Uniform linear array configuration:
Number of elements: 24
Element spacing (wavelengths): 0.5
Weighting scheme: blackman
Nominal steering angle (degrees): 60
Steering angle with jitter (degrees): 61.501
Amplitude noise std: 0.05
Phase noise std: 0.05

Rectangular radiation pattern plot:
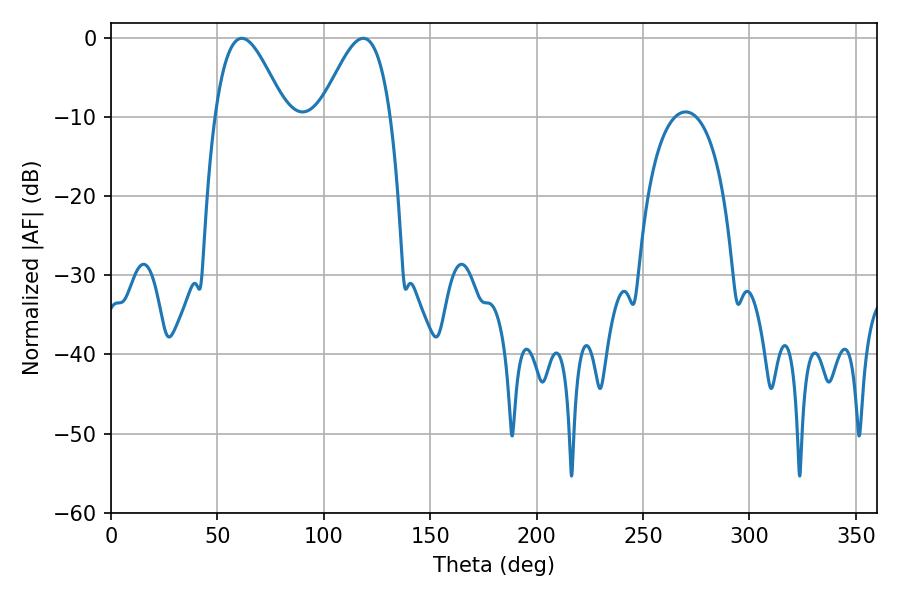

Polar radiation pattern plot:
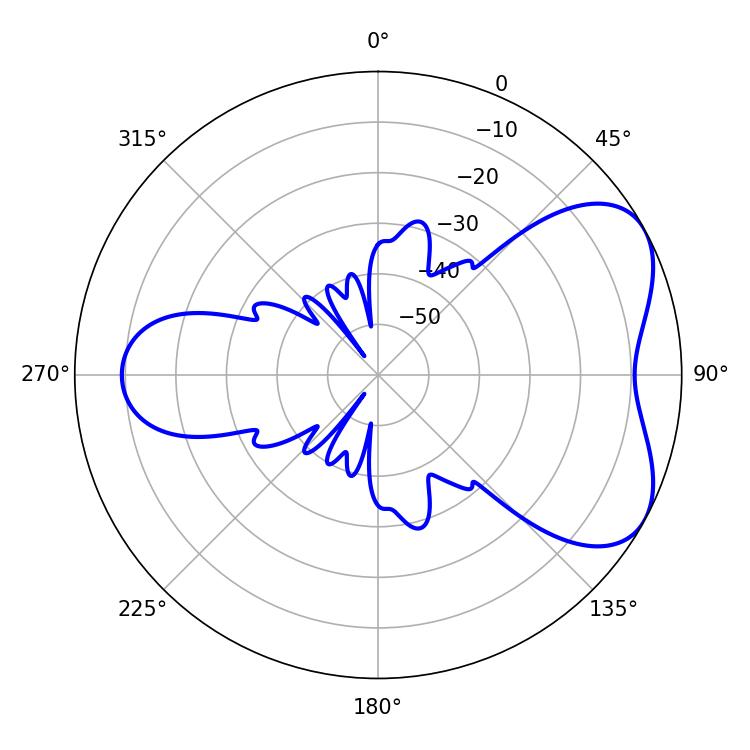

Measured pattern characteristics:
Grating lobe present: FALSE
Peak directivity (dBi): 5.346
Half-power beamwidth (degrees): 17.64
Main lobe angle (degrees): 61.38